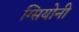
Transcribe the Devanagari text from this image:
ग्सियोनी